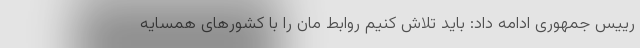
رییس جمهوری ادامه داد: باید تلاش کنیم روابط مان را با کشورهای همسایه